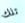
تلك